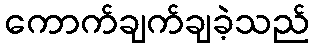
ကောက်ချက်ချခဲ့သည်